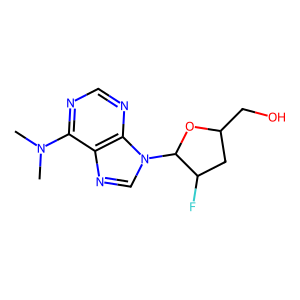
SMILES: CN(C)c1ncnc2c1ncn2C1OC(CO)CC1F
Inhibits HIV replication: Yes